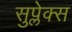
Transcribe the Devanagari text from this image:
सुप्लेक्स